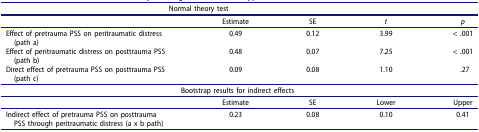
<table><thead><tr><td colspan="4"><b>Normal theory test</b></td><td><b> </b></td></tr><tr><td><b> </b></td><td><b>Estimate</b></td><td><b>SE</b></td><td><b><i>t</i></b></td><td><b><i>p</i></b></td></tr></thead><tbody><tr><td>Effect of pretrauma PSS on peritraumatic distress(path a)</td><td>0.49</td><td>0.12</td><td>3.99</td><td>&lt; .001</td></tr><tr><td>Effect of peritraumatic distress on posttrauma PSS(path b)</td><td>0.48</td><td>0.07</td><td>7.25</td><td>&lt; .001</td></tr><tr><td>Direct effect of pretrauma PSS on posttrauma PSS(path c)</td><td>0.09</td><td>0.08</td><td>1.10</td><td>.27</td></tr><tr><td colspan="5">Bootstrap results for indirect effects</td></tr><tr><td> </td><td>Estimate</td><td>SE</td><td>Lower</td><td>Upper</td></tr><tr><td>Indirect effect of pretrauma PSS on posttraumaPSS through peritraumatic distress (a x b path)</td><td>0.23</td><td>0.08</td><td>0.10</td><td>0.41</td></tr></tbody></table>